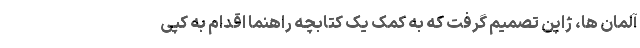
آلمان ها، ژاپن تصمیم گرفت که به کمک یک کتابچه راهنما اقدام به کپی